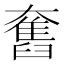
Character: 𡚒